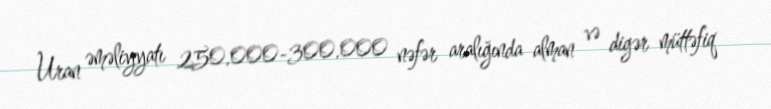
Uran əməliyyatı 250.000-300.000 nəfər aralığında alman və digər müttəfiq